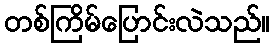
တစ်ကြိမ်ပြောင်းလဲသည်။